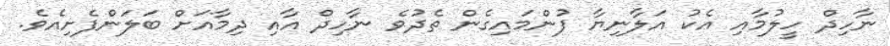
ނާހިދް ހީލުމާއި އެކު އަލާނިޔާ ފުންމައިގެން ތެދުވެ ނާހިދް އާއި ދިމާއަށް ބަލަންފެށިއެވެ.